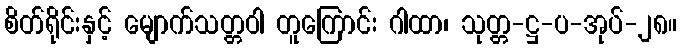
စိတ်ရိုင်းနှင့် မျောက်သတ္တဝါ တူကြောင်း ဂါထာ၊ သုတ္တ-ဋ္ဌ-ပ-အုပ်-၂၈။